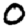
Digit: 0